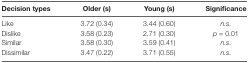
| Decision types | Older (s) | Young (s) | Significance |
 | --- | --- | --- | --- |
 | Like | 3.72 (0.34) | 3.44 (0.60) | n.s. |
 | Dislike | 3.58 (0.23) | 2.71 (0.30) | p = 0.01 |
 | Similar | 3.58 (0.30) | 3.59 (0.41) | n.s. |
 | Dissimilar | 3.47 (0.22) | 3.71 (0.55) | n.s. |